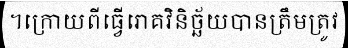
។ក្រោយពីធ្វើរោគវិនិច្ឆ័យបានត្រឹមត្រូវ